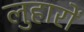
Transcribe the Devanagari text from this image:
लुहारों